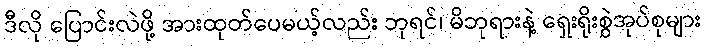
ဒီလို ပြောင်းလဲဖို့ အားထုတ်ပေမယ့်လည်း ဘုရင်၊ မိဘုရားနဲ့ ရှေးရိုးစွဲအုပ်စုများ